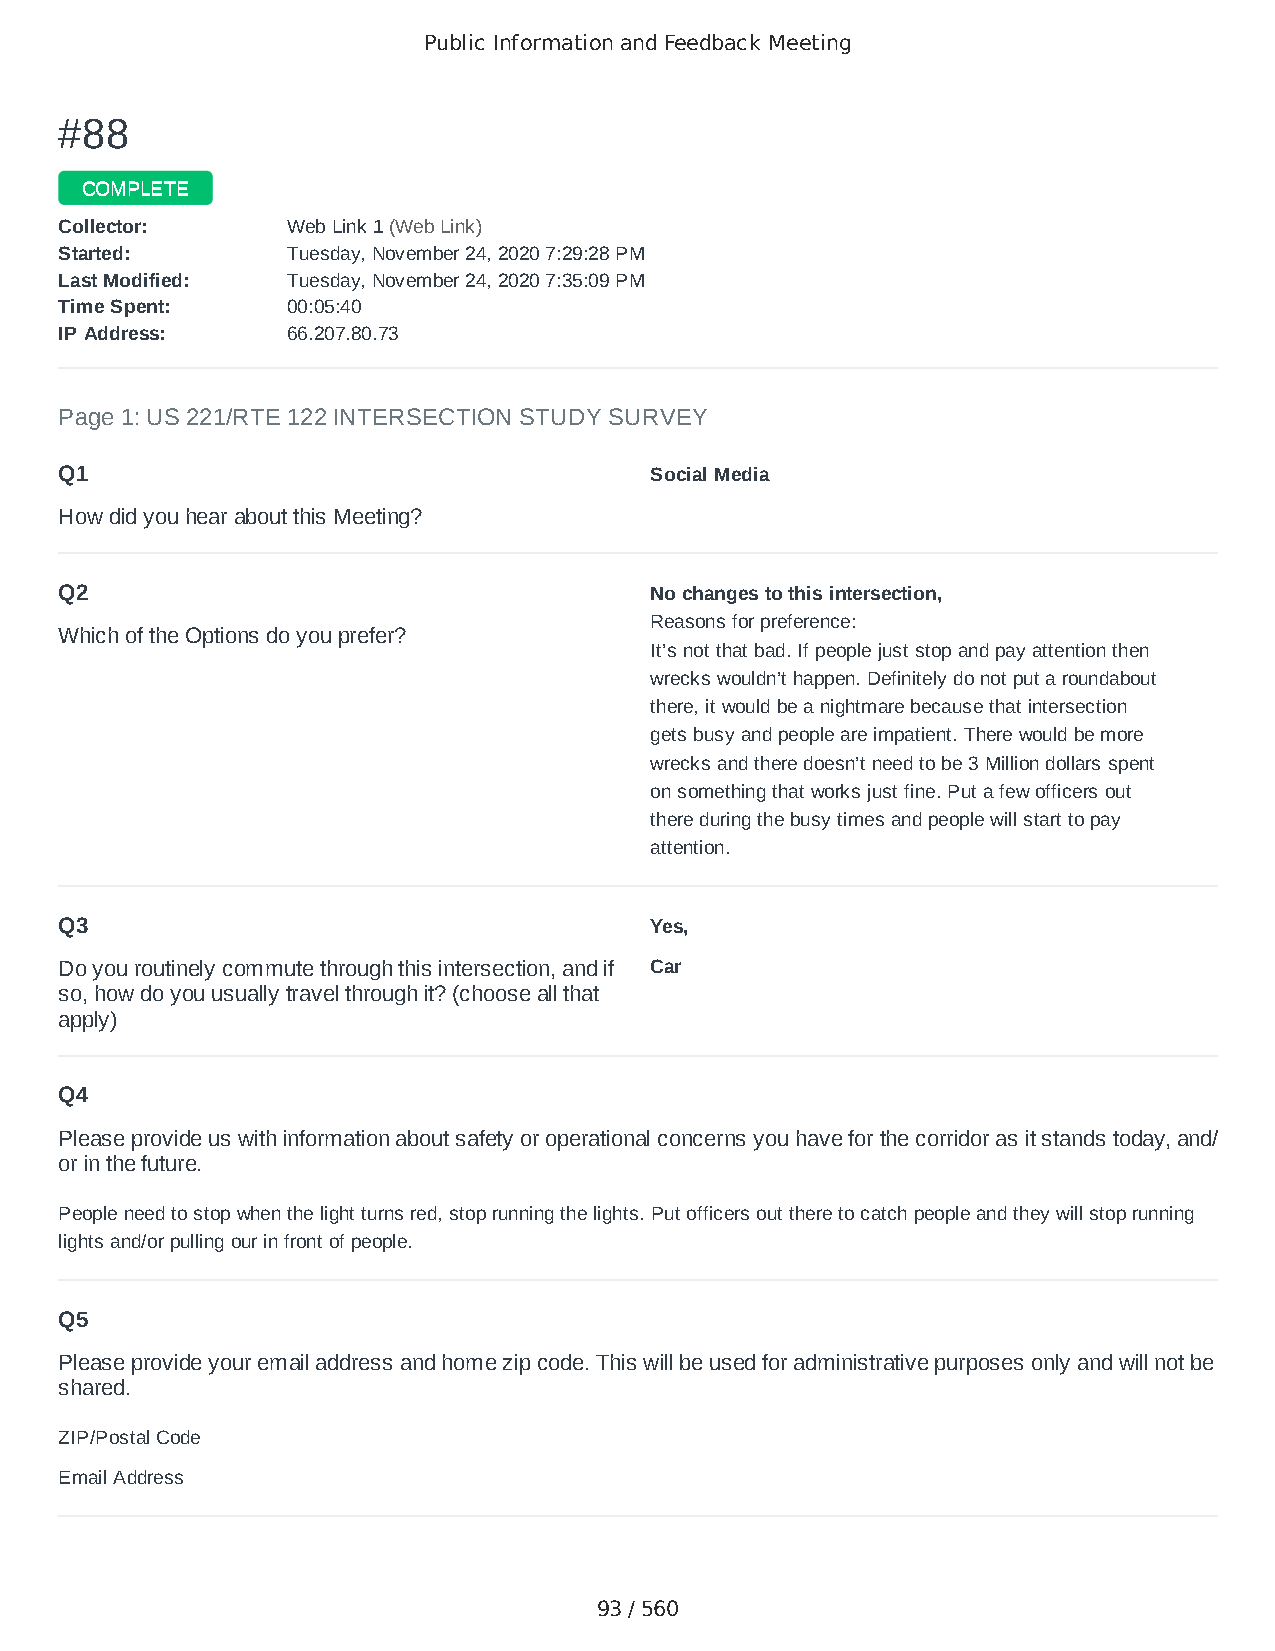
Public Information and Feedback Meeting
 ##8888
 CCOOMMPPLLEETTEE
 CCoolllleeccttoorr:: WWeebb LLiinnkk 11 ((WWeebb LLiinnkk))
 SSttaarrtteedd:: TTuueessddaayy,, NNoovveemmbbeerr 2244,, 22002200 77::2299::2288 PPMM
 LLaasstt MMooddiiffiieedd:: TTuueessddaayy,, NNoovveemmbbeerr 2244,, 22002200 77::3355::0099 PPMM
 TTiimmee SSppeenntt:: 0000::0055::4400
 IIPP AAddddrreessss:: 6666..220077..8800..7733
 Page 1: US 221/RTE 122 INTERSECTION STUDY SURVEY
 Q1                                     Social Media
 How did you hear about this Meeting?
 Q2                                     No changes to this intersection,
 Reasons for preference:
 Which of the Options do you prefer?
 It’s not that bad. If people just stop and pay attention then
 wrecks wouldn’t happen. Definitely do not put a roundabout
 there, it would be a nightmare because that intersection
 gets busy and people are impatient. There would be more
 wrecks and there doesn’t need to be 3 Million dollars spent
 on something that works just fine. Put a few officers out
 there during the busy times and people will start to pay
 attention.
 Q3                                     Yes,
 Do you routinely commute through this intersection, and if Car
 so, how do you usually travel through it? (choose all that
 apply)
 Q4
 Please provide us with information about safety or operational concerns you have for the corridor as it stands today, and/
 or in the future.
 People need to stop when the light turns red, stop running the lights. Put officers out there to catch people and they will stop running
 lights and/or pulling our in front of people.
 Q5
 Please provide your email address and home zip code. This will be used for administrative purposes only and will not be
 shared.
 ZIP/Postal Code                        24523
 Email Address                          somertoms@gmail.com
 93 / 560